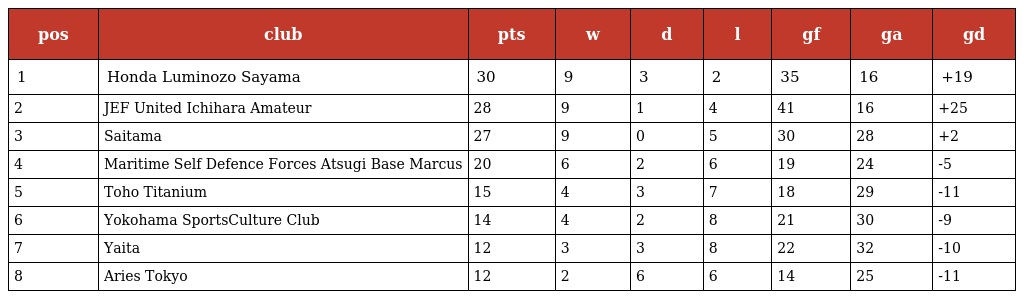
| pos | club | pts | w | d | l | gf | ga | gd |
 | --- | --- | --- | --- | --- | --- | --- | --- | --- |
 | 1 | Honda Luminozo Sayama | 30 | 9 | 3 | 2 | 35 | 16 | +19 |
 | 2 | JEF United Ichihara Amateur | 28 | 9 | 1 | 4 | 41 | 16 | +25 |
 | 3 | Saitama | 27 | 9 | 0 | 5 | 30 | 28 | +2 |
 | 4 | Maritime Self Defence Forces Atsugi Base Marcus | 20 | 6 | 2 | 6 | 19 | 24 | -5 |
 | 5 | Toho Titanium | 15 | 4 | 3 | 7 | 18 | 29 | -11 |
 | 6 | Yokohama Sports＆Culture Club | 14 | 4 | 2 | 8 | 21 | 30 | -9 |
 | 7 | Yaita | 12 | 3 | 3 | 8 | 22 | 32 | -10 |
 | 8 | Aries Tokyo | 12 | 2 | 6 | 6 | 14 | 25 | -11 |